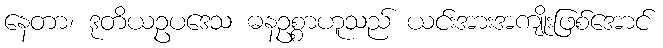
နေတာ၊ ဒုတိယဥပဒေသ ဓနဥစ္စာဟူသည် ယင်းအားအကျိုးဖြစ်အောင်